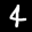
Label: 4